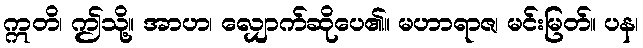
ဣတိ၊ ဤသို့။ အာဟ၊ လျှောက်ဆိုပေ၏။ မဟာရာဇ၊ မင်းမြတ်။ ပန၊